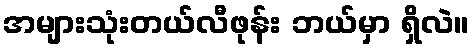
အများသုံးတယ်လီဖုန်း ဘယ်မှာ ရှိလဲ။